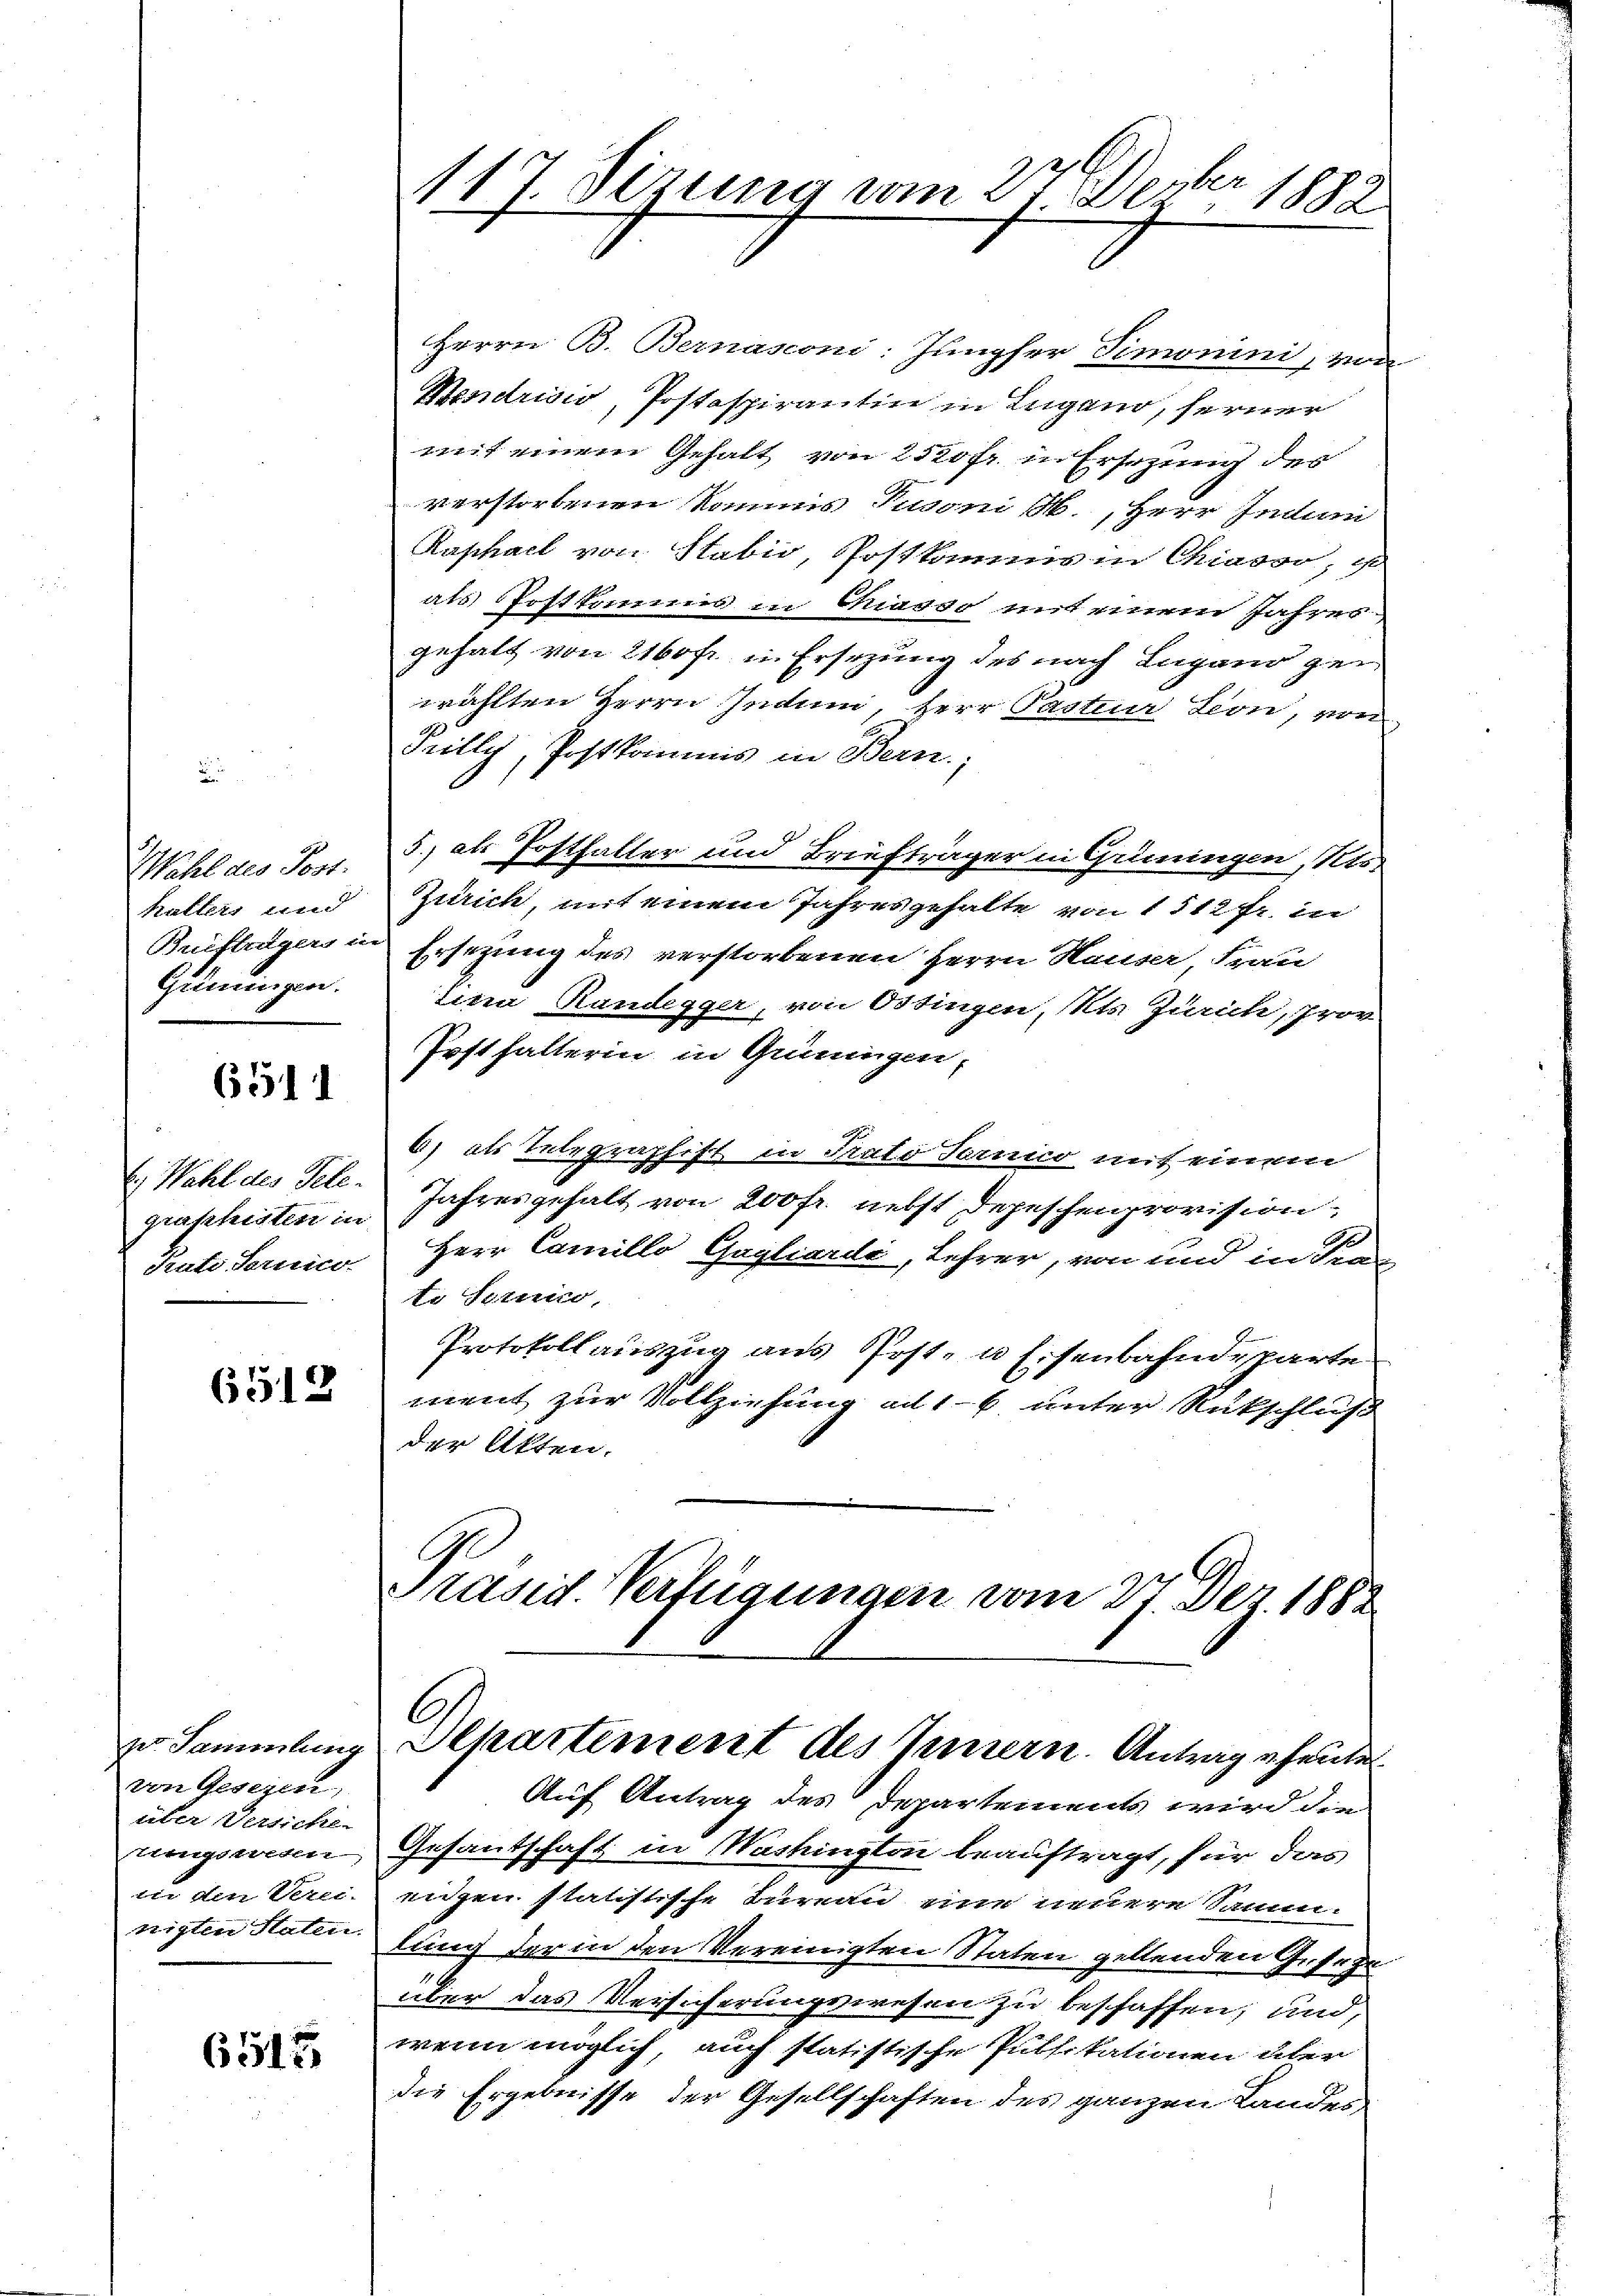
Wahl des Post.
Katters und
Briefträgers in
Grüningen.

6511

6.) Wahl des Tele.
graschisten in
Fati Perno

6512

zu Sammlung
von Gesezen,
üter Versiche
ungsreden
vie den Verei.
nigten Statur.

6515

Herrn B. Bernasconi: Jungfer Simonini, von
Bendriow, Postaspirantin in Lugano, ferner
mit einem Gehalt von 2520 fr. in Ersezung des
verstorbenen Kommis Juoni B., Herr Indem
Kaschall von Stabio, Postkamms in Chiavo, u
als Postkomms in Masso mit einem Jahres
gehalt von 2160fr. in Ersezung des nach Lugand gen
wählten Herrn Indum, Herr Pastum Lion, von
Fully, Postkommis in Bern.
5., als Posthalter und Briefträger in Güningen, Kts.
Zürich, mit einem Jahres gehalte von 1512fr. in
Ersezung des verstorbenen Herrn Hauser, Frau
lina Rundegger, von Ostingen, Kts. Zürich, pror
Posthalterin in Grüningen,
4) als Telegraphist in Prato Tarno mit einem
Jahres gehalt von 200 fr. nebst Depeschenprovision
Herr Camillo Gogliardi, Lehrer, von und in Kran
te Senio,
Protokoll auszug aus Post, u. Eisenbahndeparte
ment zur Vollziehung ad 16. unter Rückschluß
der Akten.

117 Sirung vom 21. Dezbr 1882

Präsid. Verfügungen vom 27. Dez. 1882
Ahartement des Innern. Antrag heute
Auf Antrag des Departements wird die

Gesantschaft in Washington beauftragt, für das
eingen statistische Bureau eine neuere Samm-
lung der in den Vereinigten Staten geltenden Geseze
über das Versicherungswesen zu beschaffen; und
wenn möglich auch statistische Pulfikationen über
die Ergebnisse der Gesellschaften des ganzen Landes-